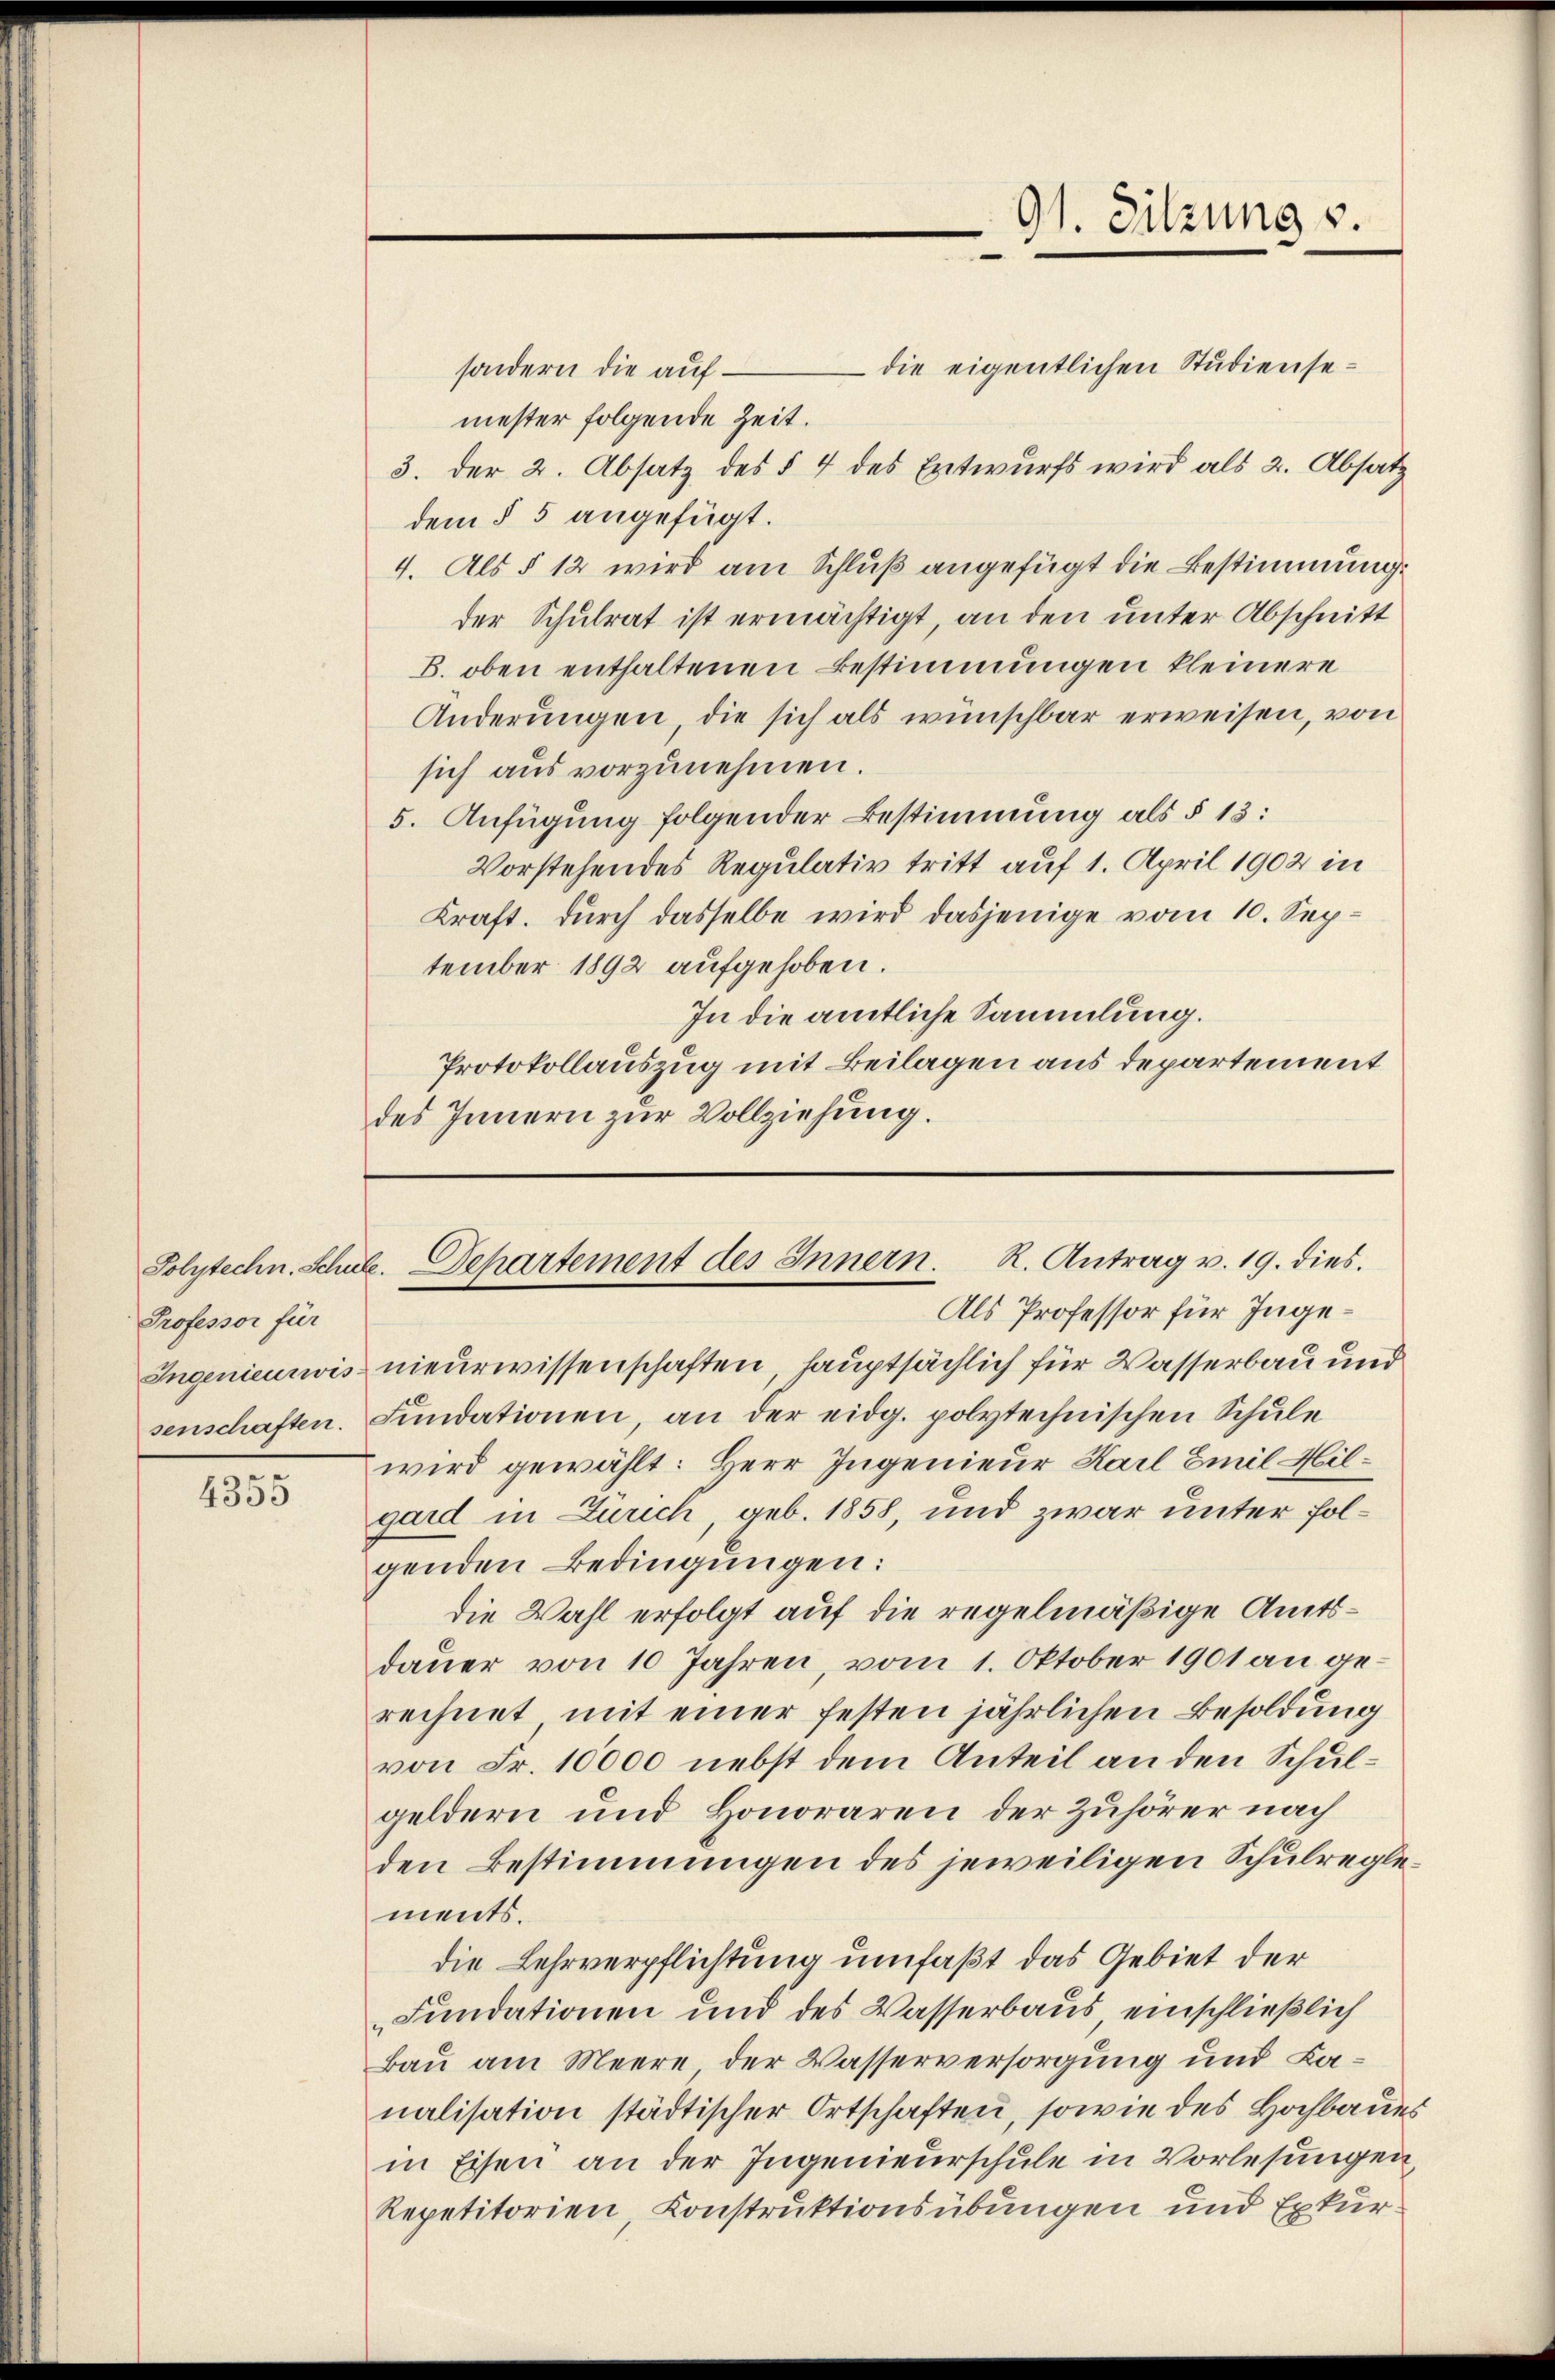
Professor für

4355

die eigentlichen Studiensesondern die auf
mester folgende Zeit.
3. der 2. Absatz des § 4 des Entwurfs wird als 2. Absatz
dem § 5 angefügt.
4. Als § 12 wird am Schluß angefügt die Bestimmung.
der Schulrat ist ermächtigt, an den unter Abschnitt
B. oben enthaltenen Bestimmungen kleinere
Änderungen, die sich als wünschbar erweisen, von
sich aus vorzunehmen.
5. Anfügung folgender Bestimmung als § 13:
Vorstehendes Regulativ tritt auf 1. April 1902 in
Kraft. Durch dasselbe wird dasjenige vom 10. September 1892 aufgehoben.
In die amtliche Sammlung.
Protokollauszug mit Beilagen aus departement
des Innern zur Vollziehung.

Ingenieurwis nieurwissenschaften, hauptsächlich für Wasserbau und
senschaften. Fundationen, an der eidg. polytechnischen Schule
wird gewählt: Herr Ingenieur Karl Emil Hilgard in Zürich, geb. 1858, und zwar unter folgenden Bedingungen:
die Wahl erfolgt auf die regelmäßige Amtsdauer von 10 Jahren, vom 1. Oktober 1901 an gerechnet mit einer festen jährlichen Besoldung
von Fr. 10000 nebst dem Anteil an den Schulgeldern und Honoraren der Zuhörer nach
den Bestimmungen des jeweiligen Schulreglements.
die Lehrverpflichtung umfaßt das Gebiet der
Fundationen und des Wasserbaus einschließlich
Bau am Meere der Wasserversorgung und Lanalisation städtischer Ortschaften, sowie des Hochbaues
in Eisen an der Ingenieurschule in Vorlesungen,
Repetitorien, Konstruktionsübungen und Exkur¬

91. Sitzung s.

Polytechn. Schule. Departement des Innern. R. Antrag v. 19. dies
Als Professor für Inge¬